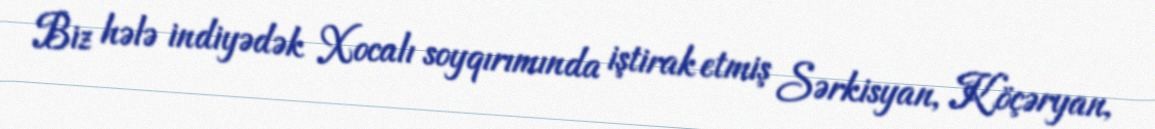
Biz hələ indiyədək Xocalı soyqırımında iştirak etmiş Sərkisyan, Köçəryan,